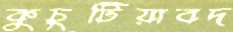
কুচুটিয়াবদ